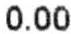
0.00